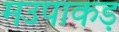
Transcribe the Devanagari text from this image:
मउपाकड़